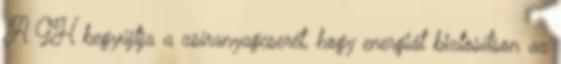
A GH begyújtja a zsíranyagcserét, hogy energiát biztosítson az